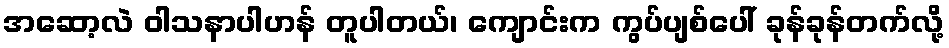
အဆော့လဲ ဝါသနာပါဟန် တူပါတယ်၊ ကျောင်းက ကွပ်ပျစ်ပေါ် ခုန်ခုန်တက်လို့